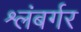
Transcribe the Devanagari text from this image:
श्लंबर्गर